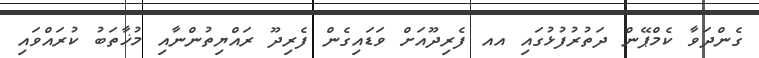
ގެންދަވާ ކެމްޕޭން ދަތުރުފުޅުގައި އއ ފެރިދޫއަށް ވަޑައިގެން ފެރިދޫ ރައްޔިތުންނާއި މުޚާތަބު ކުރައްވައި